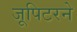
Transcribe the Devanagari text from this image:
जूपिटरने